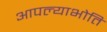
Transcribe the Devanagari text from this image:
आपल्याभोति